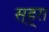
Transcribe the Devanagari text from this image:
स्ह्रा